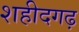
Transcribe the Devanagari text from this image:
शहीदगढ़